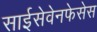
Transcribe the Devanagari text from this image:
साईसेवेनफेसेस